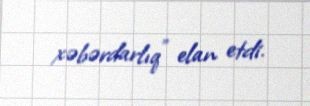
xəbərdarlıq" elan etdi.